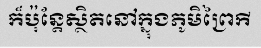
ក៏ប៉ុន្តែស្ថិតនៅក្នុងភូមិព្រៃកី